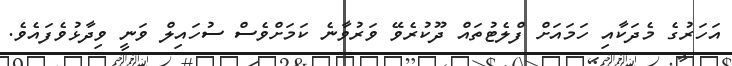
އަހަރުގެ މެދަކާއި ހަމައަށް ފްލެޓުތައް ދޫކުރެވޭ ވަރުވާނެ ކަމަށްވެސް ސުހައިލް ވަނީ ވިދާޅުވެފައެވެ.